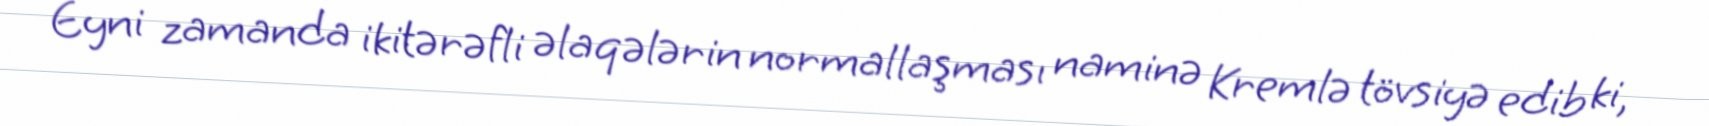
Eyni zamanda ikitərəfli əlaqələrin normallaşması naminə Kremlə tövsiyə edib ki,